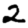
Digit: 2